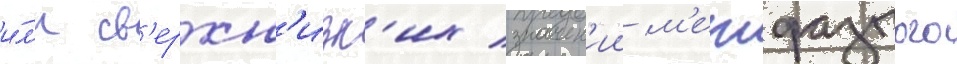
и́л'и св'ерхн'изк'их значен'ии м'ежфазного